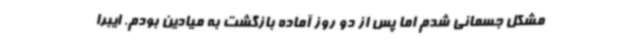
مشکل جسمانی شدم اما پس از دو روز آماده بازگشت به میادین بودم. ایبرا